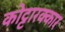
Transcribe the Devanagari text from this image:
कोट्टारक्कार